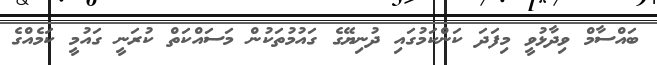
ބައްސާމް ވިދާޅުވީ މިފަދަ ކަންކަމުގައި ދުނިޔޭގެ ގައުމުތަކުން މަސައްކަތް ކުރަނީ ގައުމީ ކަމެއްގެ